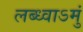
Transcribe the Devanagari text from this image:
लब्ध्वाऽमुं